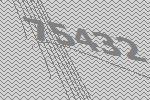
75432